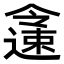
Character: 𨗜